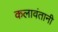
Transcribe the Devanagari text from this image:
कलावंतानी